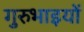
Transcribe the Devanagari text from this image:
गुरुभाइयों